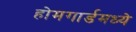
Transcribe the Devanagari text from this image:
होमगार्डमध्ये